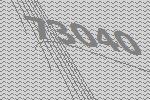
73040